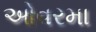
ઓવરમા